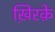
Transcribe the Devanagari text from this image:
ख़िरक़े